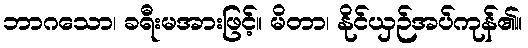
ဘာဂသော၊ ခရီးမအားဖြင့်။ မိတာ၊ နိုင်ယှဉ်အပ်ကုန်၏။